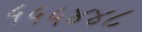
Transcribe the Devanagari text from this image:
५५५४४८